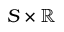
S \times \mathbb { R }